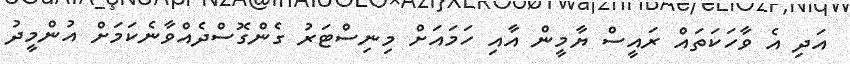
އަދި އެ ވާހަކަތައް ރައީސް ޔާމީން އާއި ހަމައަށް މިނިސްޓަރު ގެންގޮސްދެއްވާނެކަމަށް އުންމީދު